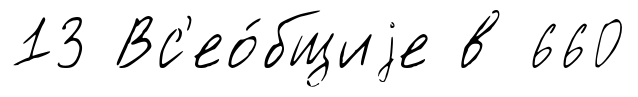
13 Вс'ео́бщиjе в 660